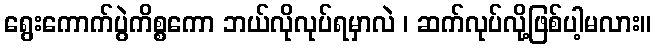
ရွေးကောက်ပွဲကိစ္စကော ဘယ်လိုလုပ်ရမှာလဲ ၊ ဆက်လုပ်လို့ဖြစ်ပါ့မလား။